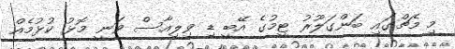
މި މެޗްގައި ބަންގަލޫރު ޓީމުގެ އޭބީ ޑި ވިލިއާސް ވަނީ މޮޅު ކުޅުމެއް